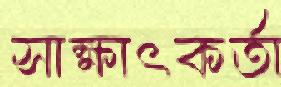
সাক্ষাৎকর্তা